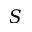
S